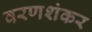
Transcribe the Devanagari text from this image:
वरणशंकर